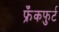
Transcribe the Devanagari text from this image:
फ्रँकफुर्ट